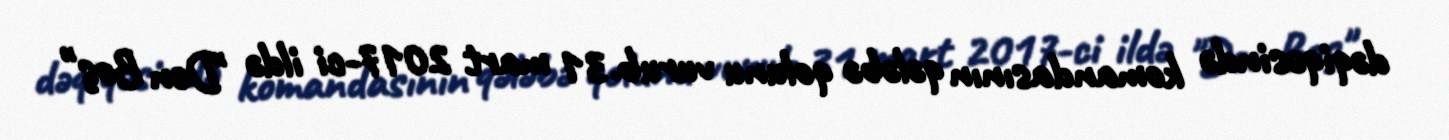
dəqiqəsində komandasının qələbə qolunu vurub.31 mart 2017-ci ildə "Den Boş"